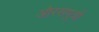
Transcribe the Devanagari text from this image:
औरसपुत्रों